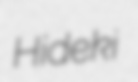
Hideki